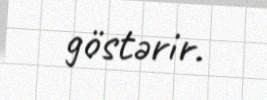
göstərir.